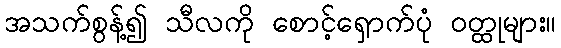
အသက်စွန့်၍ သီလကို စောင့်ရှောက်ပုံ ဝတ္ထုများ။